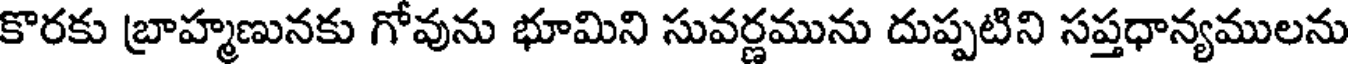
కొరకు బ్రాహ్మణునకు గోవును భూమిని సువర్ణమును దుప్పటిని సప్తధాన్యములను